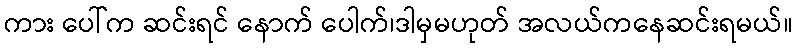
ကား ပေါ်က ဆင်းရင် နောက် ပေါက်၊ဒါမှမဟုတ် အလယ်ကနေဆင်းရမယ်။